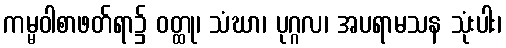
ကမ္မဝါစာဖတ်ရာ၌ ဝတ္ထု၊ သံဃာ၊ ပုဂ္ဂလ၊ အပရာမသန သုံးပါး၊